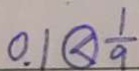
0 . 1 \textcircled { < } \frac { 1 } { 9 }